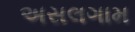
અસલગામ